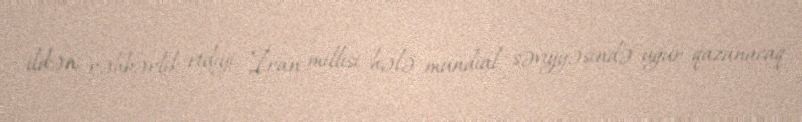
ildən rəhbərlik etdiyi İran millisi hələ mundial səviyyəsində uğur qazanacaq